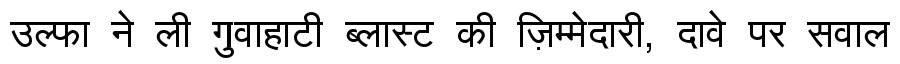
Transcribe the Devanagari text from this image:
उल्फा ने ली गुवाहाटी ब्लास्ट की ज़िम्मेदारी, दावे पर सवाल